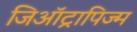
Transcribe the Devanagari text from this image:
जिऑट्रापिज्म